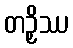
တဉှိဿ